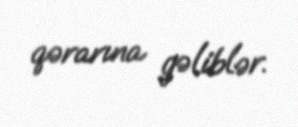
qərarına gəliblər.